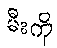
မီးကို